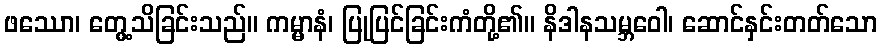
ဖဿော၊ တွေ့သိခြင်းသည်။ ကမ္မာနံ၊ ပြုပြင်ခြင်းကံတို့၏။ နိဒါနသမ္ဘဝေါ၊ ဆောင်နှင်းတတ်သော